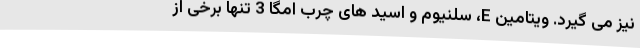
نیز می گیرد. ویتامین E، سلنیوم و اسید های چرب امگا 3 تنها برخی از